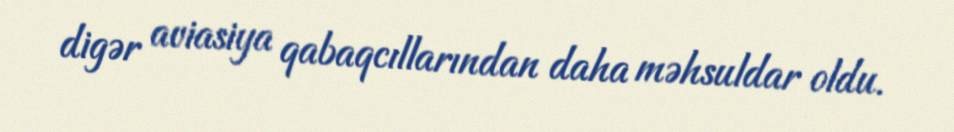
digər aviasiya qabaqcıllarından daha məhsuldar oldu.